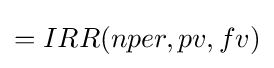
=IRR(nper,pv,fv)